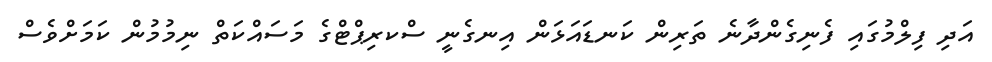
އަދި ފިލްމުގައި ފެނިގެންދާނެ ތަރިން ކަނޑައަޅަން އިނގެނީ ސްކރިޕްޓްގެ މަސައްކަތް ނިމުމުން ކަމަށްވެސް